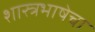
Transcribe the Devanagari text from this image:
शास्त्रभाषेचा